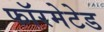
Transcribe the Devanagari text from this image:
फॉरमेटेड